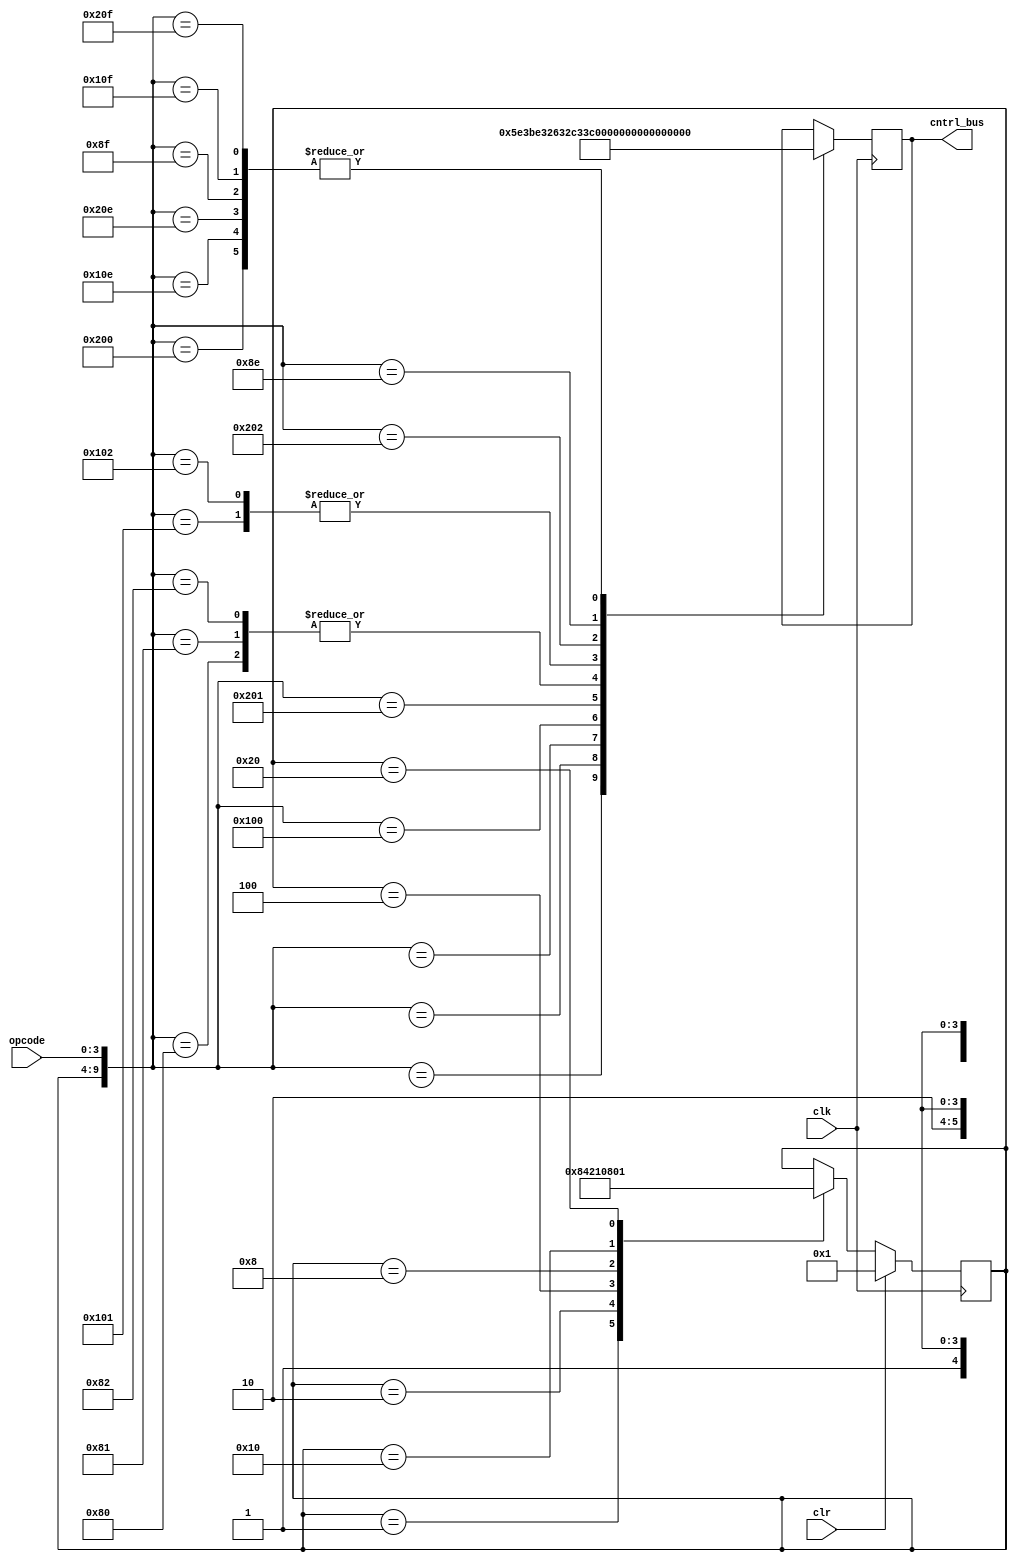






//CONTROL_SEQ 

module control_unit(clk,  clr, cntrl_bus, opcode);
input clk,clr;
parameter opcodesize = 4;
input [opcodesize-1:0] opcode;
parameter cntrlbussize = 12;
parameter T1 = 6'b000001,
   T2 = 6'b000010,
   T3 = 6'b000100,
   T4 = 6'b001000,
   T5 = 6'b010000,
   T6 = 6'b100000;
output [cntrlbussize-1:0] cntrl_bus;
// ring counter 
reg [5:0]  ringcount;
reg [cntrlbussize-1:0] cntrl_bus;
wire [5:0]state ;
always @ (negedge clk)
begin
if (clr)
 ringcount = 6'b000001;
else case(ringcount)
 T1: ringcount <= T2;
 T2: ringcount <= T3;
 T3: ringcount <= T4;
 T4: ringcount <= T5;
 T5: ringcount <= T6; 
 T6: ringcount <= T1;
 endcase
end

assign state = ringcount;
always @(negedge clk)
case ({state, opcode})
{T1, 4'hx}: cntrl_bus = 12'h5E3;    //fetch cycle   PC -> MAR
{T2, 4'hx}: cntrl_bus = 12'hBE3;
{T3, 4'hx}: cntrl_bus = 12'h263;  //fetch cycle 
//LDA operation
{T4, 4'h0}: cntrl_bus = 12'h1A3;
{T5, 4'h0}: cntrl_bus = 12'h2C3;
{T6, 4'h0}: cntrl_bus = 12'h3E3;
//ADD
{T4, 4'h1}: cntrl_bus = 12'h1A3;
{T5, 4'h1}: cntrl_bus = 12'h2E1;
{T6, 4'h1}: cntrl_bus = 12'h3C7;
//SUB
{T4, 4'h2}: cntrl_bus = 12'h1A3;
{T5, 4'h2}: cntrl_bus = 12'h2E1;
{T6, 4'h2}: cntrl_bus = 12'h3EF;
//OUT
{T4, 4'he}: cntrl_bus = 12'h3F2;
{T5, 4'he}: cntrl_bus = 12'h3E3;
{T6, 4'he}: cntrl_bus = 12'h3E3;
//HLT
{T4, 4'hf}: cntrl_bus = 12'h3E3;
{T5, 4'hf}: cntrl_bus = 12'h3E3;
{T6, 4'hf}: cntrl_bus = 12'h3E3;
endcase
endmodule